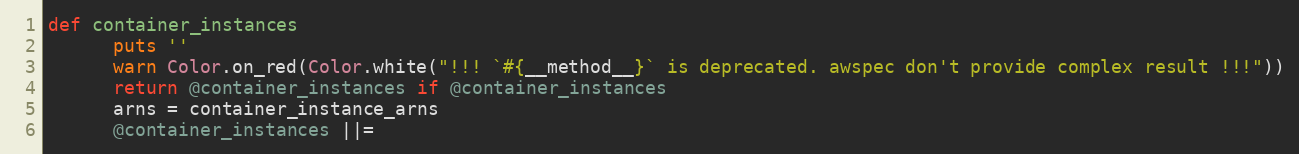
Language: Ruby
def container_instances
      puts ''
      warn Color.on_red(Color.white("!!! `#{__method__}` is deprecated. awspec don't provide complex result !!!"))
      return @container_instances if @container_instances
      arns = container_instance_arns
      @container_instances ||=